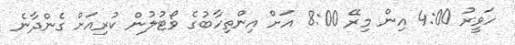
ހަވީރު 4:00 އިން މިރޭ 8:00 އަށް އިންތިހާބުގެ ވޯޓުލުން ކުރިއަށް ގެންދާނެ